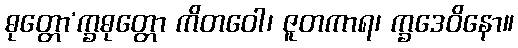
ဓုတ္တော’က္ခဓုတ္တော ကိတဝေါ၊ ဇူတကာရ၊ က္ခဒေဝိနော။